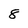
Character: 8